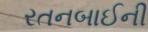
રતનબાઈની